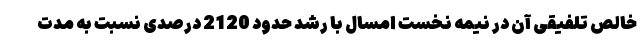
خالص تلفیقی آن در نیمه نخست امسال با رشد حدود 2120 درصدی نسبت به مدت